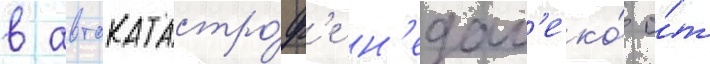
в автокатастро́ф'е н'едал'еко́ о́т